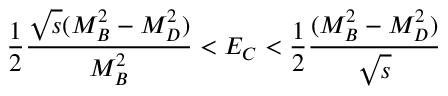
\frac { 1 } { 2 } \frac { \sqrt { s } ( M _ { B } ^ { 2 } - M _ { D } ^ { 2 } ) } { M _ { B } ^ { 2 } } < E _ { C } < { \frac { 1 } { 2 } } { \frac { ( M _ { B } ^ { 2 } - M _ { D } ^ { 2 } ) } { \sqrt { s } } }